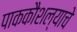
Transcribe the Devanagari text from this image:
पाककौशल्याचे